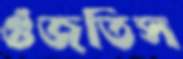
গুঁজতিস